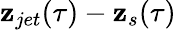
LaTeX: \mathbf{z}_{jet}(\tau)-\mathbf{z}_{s}(\tau)